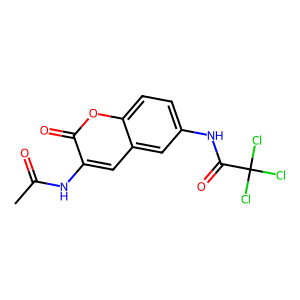
SMILES: CC(=O)Nc1cc2cc(NC(=O)C(Cl)(Cl)Cl)ccc2oc1=O
Inhibits HIV replication: No